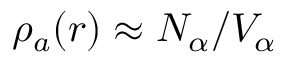
\rho _ { a } ( \boldsymbol { r } ) \approx N _ { \alpha } / V _ { \alpha }